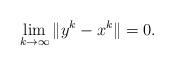
LaTeX: \begin{align*} \lim \limits_{k\rightarrow \infty}\|y^{k}-x^{k}\|=0.\end{align*}